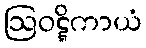
ဩဝဋ္ဋိကာယံ